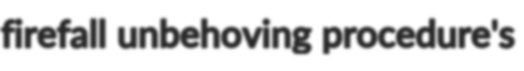
firefall unbehoving procedure's